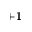
+ 1